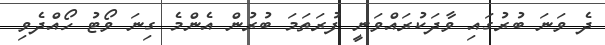
ދެ ވަނަ ބުރުގައި ވާދަކުރައްވަނީ ފުރަތަމަ ބުރުން އެންމެ ގިނަ ވޯޓު ހޯއްދެވި